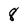
Character: 8